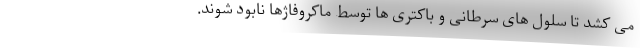
می کشد تا سلول های سرطانی و باکتری ها توسط ماکروفاژها نابود شوند.